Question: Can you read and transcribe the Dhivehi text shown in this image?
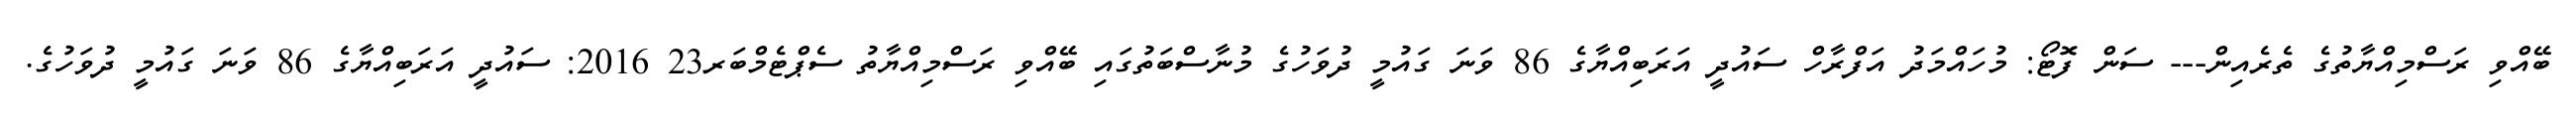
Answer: ބޭއްވި ރަސްމިއްޔާތުގެ ތެރެއިން--- ސަން ފޮޓޯ: މުހައްމަދު އަފްރާހް ސައުދީ އަރަބިއްޔާގެ 86 ވަނަ ގައުމީ ދުވަހުގެ މުނާސްބަތުގައި ބޭއްވި ރަސްމިއްޔާތު ސެޕްޓެމްބަރ23 2016: ސައުދީ އަރަބިއްޔާގެ 86 ވަނަ ގައުމީ ދުވަހުގެ.